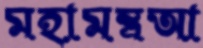
মহামন্ত্রআ